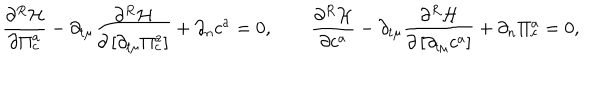
{ \frac { \partial ^ { R } { \cal H } } { \partial \Pi _ { c } ^ { a } } } - \partial _ { t \mu } { \frac { \partial ^ { R } { \cal H } } { \partial \left[ { \partial _ { t \mu } \Pi _ { c } ^ { a } } \right] } } + \partial _ { n } c ^ { a } = 0 , \qquad { \frac { \partial ^ { R } { \cal H } } { \partial c ^ { a } } } - \partial _ { t \mu } { \frac { \partial ^ { R } { \cal H } } { \partial \left[ { \partial _ { t \mu } c ^ { a } } \right] } } + \partial _ { n } \Pi _ { c } ^ { a } = 0 ,